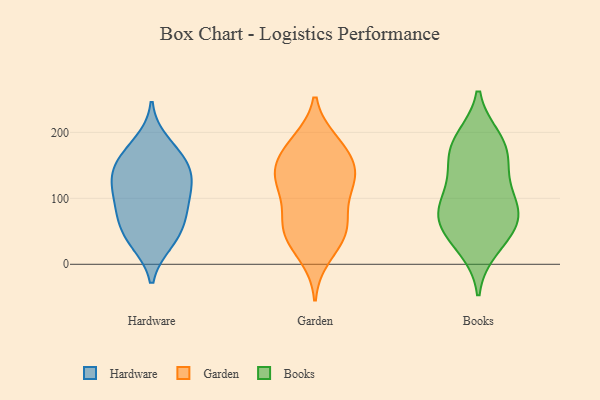
{"axis": {"x": "Operating Costs (USD K)", "y": "Value"}, "legend": ["Books", "Garden", "Hardware"], "data": [{"x": "", "y": 129, "type": "Hardware"}, {"x": "", "y": 185, "type": "Hardware"}, {"x": "", "y": 81, "type": "Hardware"}, {"x": "", "y": 35, "type": "Hardware"}, {"x": "", "y": 127, "type": "Hardware"}, {"x": "", "y": 159, "type": "Hardware"}, {"x": "", "y": 71, "type": "Hardware"}, {"x": "", "y": 83, "type": "Hardware"}, {"x": "", "y": 161, "type": "Hardware"}, {"x": "", "y": 151, "type": "Hardware"}, {"x": "", "y": 120, "type": "Hardware"}, {"x": "", "y": 109, "type": "Hardware"}, {"x": "", "y": 51, "type": "Hardware"}, {"x": "", "y": 33, "type": "Hardware"}, {"x": "", "y": 82, "type": "Garden"}, {"x": "", "y": 136, "type": "Garden"}, {"x": "", "y": 186, "type": "Garden"}, {"x": "", "y": 56, "type": "Garden"}, {"x": "", "y": 113, "type": "Garden"}, {"x": "", "y": 132, "type": "Garden"}, {"x": "", "y": 125, "type": "Garden"}, {"x": "", "y": 143, "type": "Garden"}, {"x": "", "y": 128, "type": "Garden"}, {"x": "", "y": 185, "type": "Garden"}, {"x": "", "y": 33, "type": "Garden"}, {"x": "", "y": 164, "type": "Garden"}, {"x": "", "y": 64, "type": "Garden"}, {"x": "", "y": 12, "type": "Garden"}, {"x": "", "y": 46, "type": "Garden"}, {"x": "", "y": 172, "type": "Garden"}, {"x": "", "y": 55, "type": "Garden"}, {"x": "", "y": 188, "type": "Books"}, {"x": "", "y": 68, "type": "Books"}, {"x": "", "y": 190, "type": "Books"}, {"x": "", "y": 81, "type": "Books"}, {"x": "", "y": 75, "type": "Books"}, {"x": "", "y": 171, "type": "Books"}, {"x": "", "y": 159, "type": "Books"}, {"x": "", "y": 25, "type": "Books"}, {"x": "", "y": 141, "type": "Books"}, {"x": "", "y": 59, "type": "Books"}, {"x": "", "y": 39, "type": "Books"}, {"x": "", "y": 93, "type": "Books"}, {"x": "", "y": 107, "type": "Books"}]}